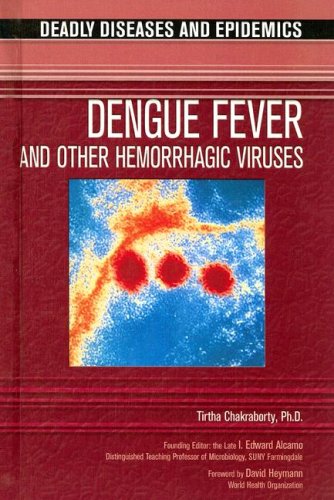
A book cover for Dengue Fever and Other Hemorrhagic Viruses (Deadly Diseases and Epidemics); Tritha, Ph.D. Chakraborty; Teen & Young Adult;